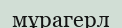
мұрагерл